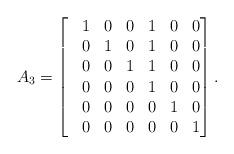
LaTeX: \begin{align*}&A_3= \left[ \begin{matrix}&1 & 0 & 0 & 1 & 0 & 0\\&0 & 1 & 0 & 1 & 0 & 0\\&0 & 0 & 1 & 1 & 0 & 0\\&0 & 0 & 0 & 1 & 0 & 0\\&0 & 0 & 0 & 0 & 1 & 0 \\& 0 &0 & 0 & 0 & 0 & 1 \end{matrix} \right].\end{align*}